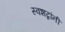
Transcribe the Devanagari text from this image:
स्वशब्दांनी